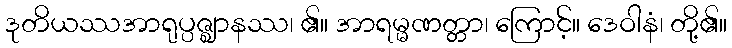
ဒုတိယဿအာရုပ္ပဇ္ဈာနဿ၊ ၏။ အာရမ္မဏတ္တာ၊ ကြောင့်။ ဒေဝါနံ၊ တို့၏။